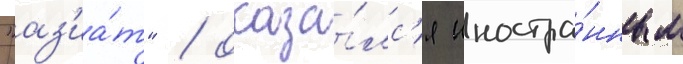
"аз'иа́т" / оказа́лс'я иностра́нным